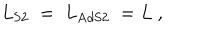
{ L } _ { \mathrm { S 2 } } \; = \; { L } _ { \mathrm { A d S 2 } } \; = L \ ,